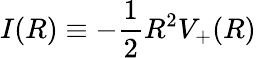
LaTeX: I(R)\equiv-{\frac{1}{2}}R^{2}V_{+}(R)